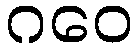
ဂဝေ